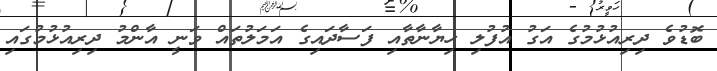
ބޮޑުވެ ދިރިއުޅުމުގެ އަގު އުފުލި ހިޔާނާތާއި ފަސާދައިގެ އަމަލުތައް ވަނީ އާންމު ދިރިއުޅުމުގައި